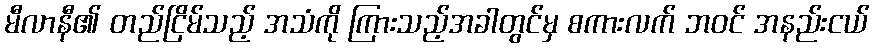
မီလာနီ၏ တည်ငြိမ်သည့် အသံကို ကြားသည့်အခါတွင်မှ စကားလက် ဘဝင် အနည်းငယ်